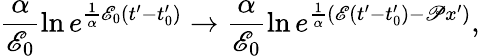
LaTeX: \frac{\alpha}{\mathscr{E}_{0}}\ln e^{\frac{1}{\alpha}\mathscr{E}_{0}(t^{\prime}-t_{0}^{\prime})}\to\frac{\alpha}{\mathscr{E}_{0}}\ln e^{\frac{1}{\alpha}\left(\mathscr{E}(t^{\prime}-t_{0}^{\prime})-\mathscr{P}x^{\prime}\right)},